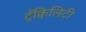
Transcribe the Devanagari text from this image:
ट्रँक्विलिटी